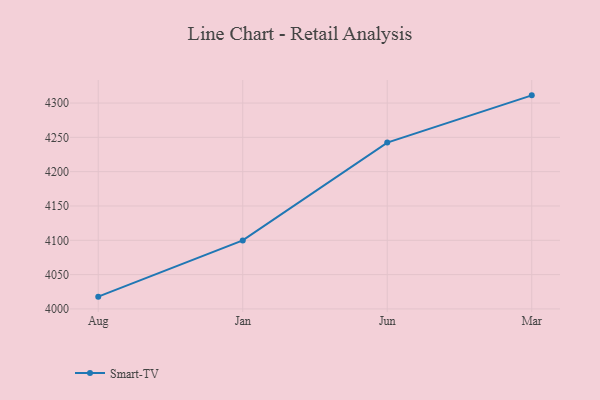
{"axis": {"x": "Month", "y": "Latency (ms)"}, "legend": ["Smart-TV"], "data": [{"x": "Aug", "y": 4017.9, "type": "Smart-TV"}, {"x": "Jan", "y": 4099.8, "type": "Smart-TV"}, {"x": "Jun", "y": 4242.4, "type": "Smart-TV"}, {"x": "Mar", "y": 4311.2, "type": "Smart-TV"}]}